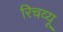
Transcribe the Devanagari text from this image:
रिचव्यू